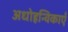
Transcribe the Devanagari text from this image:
अधोहन्विकाएँ